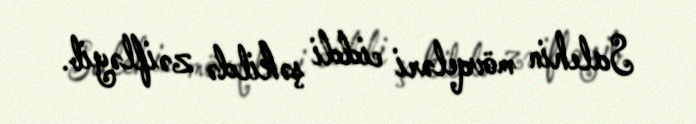
Salehin mövqeləri ciddi şəkildə zəifləyib.